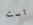
لست